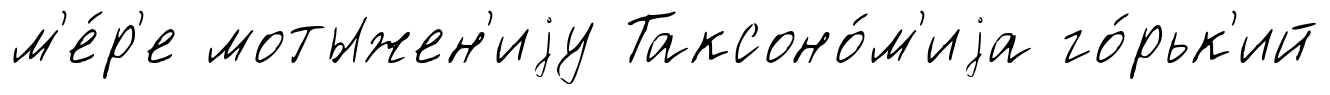
м'е́р'е мотыжен'иjу Таксоно́м'иjа го́рьк'ий